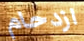
ازدحام